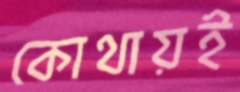
কোথায়ই